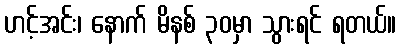
ဟင့်အင်း၊ နောက် မိနစ် ၃၀မှာ သွားရင် ရတယ်။